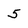
Character: 5